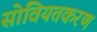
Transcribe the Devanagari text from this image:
सोवियतकरण